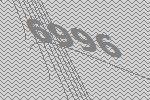
6996